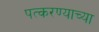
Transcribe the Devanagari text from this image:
पत्करण्याच्या